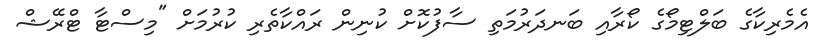
އެމެރިކާގެ ބަލްޓިމޯގެ ކޯރާއި ބަނދަރުމަތި ސާފުކޮށް ކުނިން ރައްކާތެރި ކުރުމަށް "މިސްޓާ ޓްރޭޝް